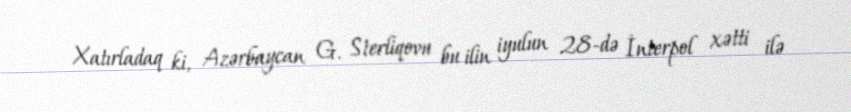
Xatırladaq ki, Azərbaycan G. Sterliqovu bu ilin iyulun 28-də İnterpol xətti ilə